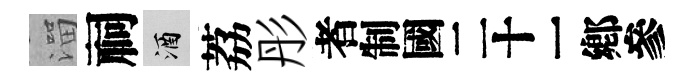
溜祠酒荔彤识